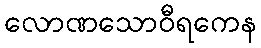
လောဏသောဝီရကေန